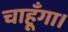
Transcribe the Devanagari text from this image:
चाहूँगा।